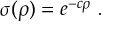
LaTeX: \sigma ( \rho ) = e ^ { - c \rho } ~ .